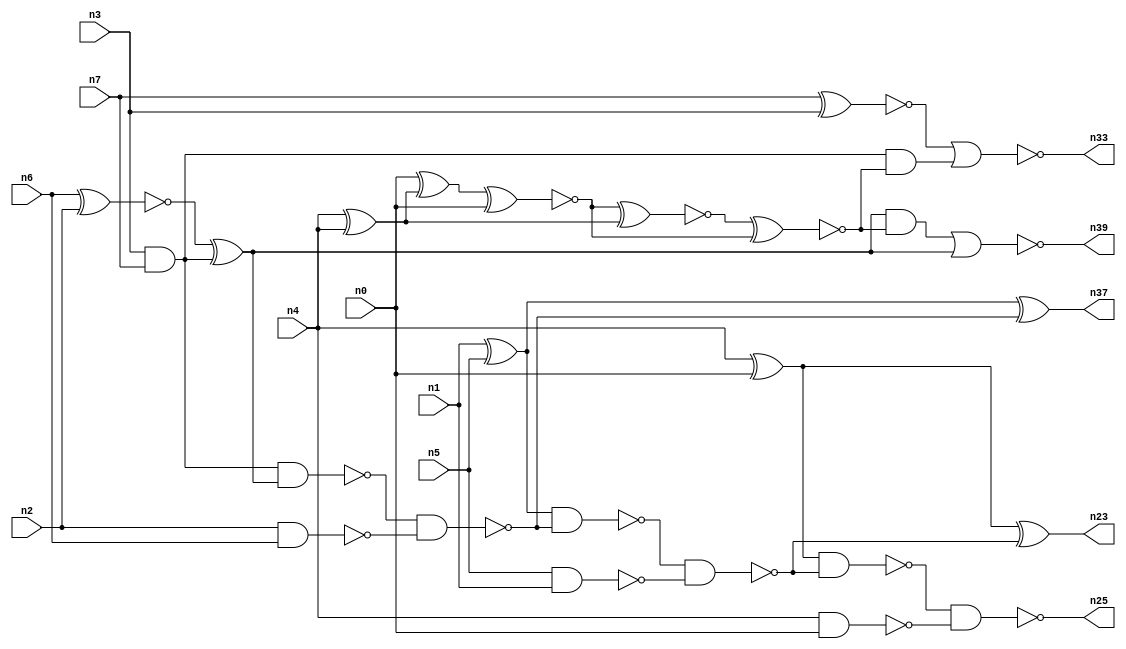
// This file contains a pareto-optimal circuit with respect to pdp and the fault-resilince parameter p_fault which is defined as:
// "For all input vectors, the ratio of the no. of faults observable at the POs to the no. of total possible faults in the circuit".
// This code is part of the ReCkt library (https://github.com/umar-afzaal/ReCkt) distributed under The MIT License.
// When used, please cite the following article(s):
// U. Afzaal, A.S. Hassan, M. Usman and J.A. Lee, "On the Evolutionary Synthesis of Increased Fault-resilience Arithmetic Circuits".

// p_fault = 72.6 %    (Lower is better)
// gates = 28.0
// levels = 8
// area = 38.95    (For MCNC library relative to nand2)
// power = 140.2 uW    (Berkely-SIS for MCNC library @ Vdd=5V and 20 MHz clock)
// delay = 13.4 ns    (Berkely-ABC for MCNC library)
// PDP = 1.87868e-12 J

// Pin mapping:
// {n0, n1, n2, n3} = A[3:0]
// {n4, n5, n6, n7} = B[3:0]
// {n25, n23, n37, n39, n33} = O[4:0]

module addr4u_pdp_14 (
n0, n1, n2, n3, n4, n5, n6, n7, 
n25, n23, n37, n39, n33
);

input n0, n1, n2, n3, n4, n5, n6, n7;
output n25, n23, n37, n39, n33;
wire n29, n38, n13, n18, n24, n20, n9, n14, n16, n8, n22, n15, n10, n31, n26, n19, n21, n36, n27, n11, 
n28, n12, n17;

and (n8, n3, n7);
xnor (n9, n6, n2);
xor (n10, n1, n5);
nand (n11, n5, n1);
nand (n12, n4, n0);
nand (n13, n2, n6);
xnor (n14, n7, n3);
xor (n15, n4, n0);
xor (n16, n9, n8);
nand (n17, n8, n16);
xor (n18, n4, n4);
nand (n19, n17, n13);
nand (n20, n10, n19);
xnor (n21, n10, n19);
nand (n22, n20, n11);
xor (n23, n15, n22);
nand (n24, n15, n22);
nand (n25, n24, n12);
xor (n26, n0, n18);
xnor (n27, n26, n0);
xnor (n28, n27, n18);
xnor (n29, n28, n27);
and (n31, n8, n29);
nor (n33, n14, n31);
not (n36, n21);
and (n37, n36, n36);
and (n38, n16, n29);
nor (n39, n38, n16);

endmodule